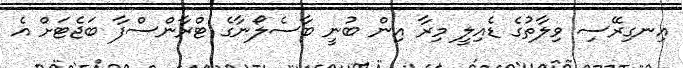
އިނގިރޭސި ވިލާތުގެ ޑެއިލީ މިރާ އިން ބުނީ ބާސެލޯނާގެ ޓްރާންސްފާ ބަޖެޓަށް އެ